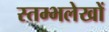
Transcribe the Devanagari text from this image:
स्तम्भलेखों